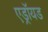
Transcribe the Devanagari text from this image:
एड्रॉयड